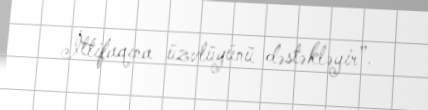
İttifaqına üzvlüyünü dəstəkləyir”.